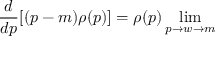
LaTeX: \frac { d } { d p } [ ( p - m ) \rho ( p ) ] = \rho ( p ) \operatorname * { l i m } _ { p \rightarrow w \rightarrow m }